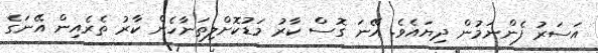
އަސަރު ފެންނަމުން ދިޔައެވެ. އޭނަ ގޮސް ކާރު މަޑުކޮށްލިތަނާހެން ކާރު ތެރެއިން އޭނަގެ